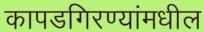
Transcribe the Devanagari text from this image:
कापडगिरण्यांमधील